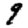
Digit: 9